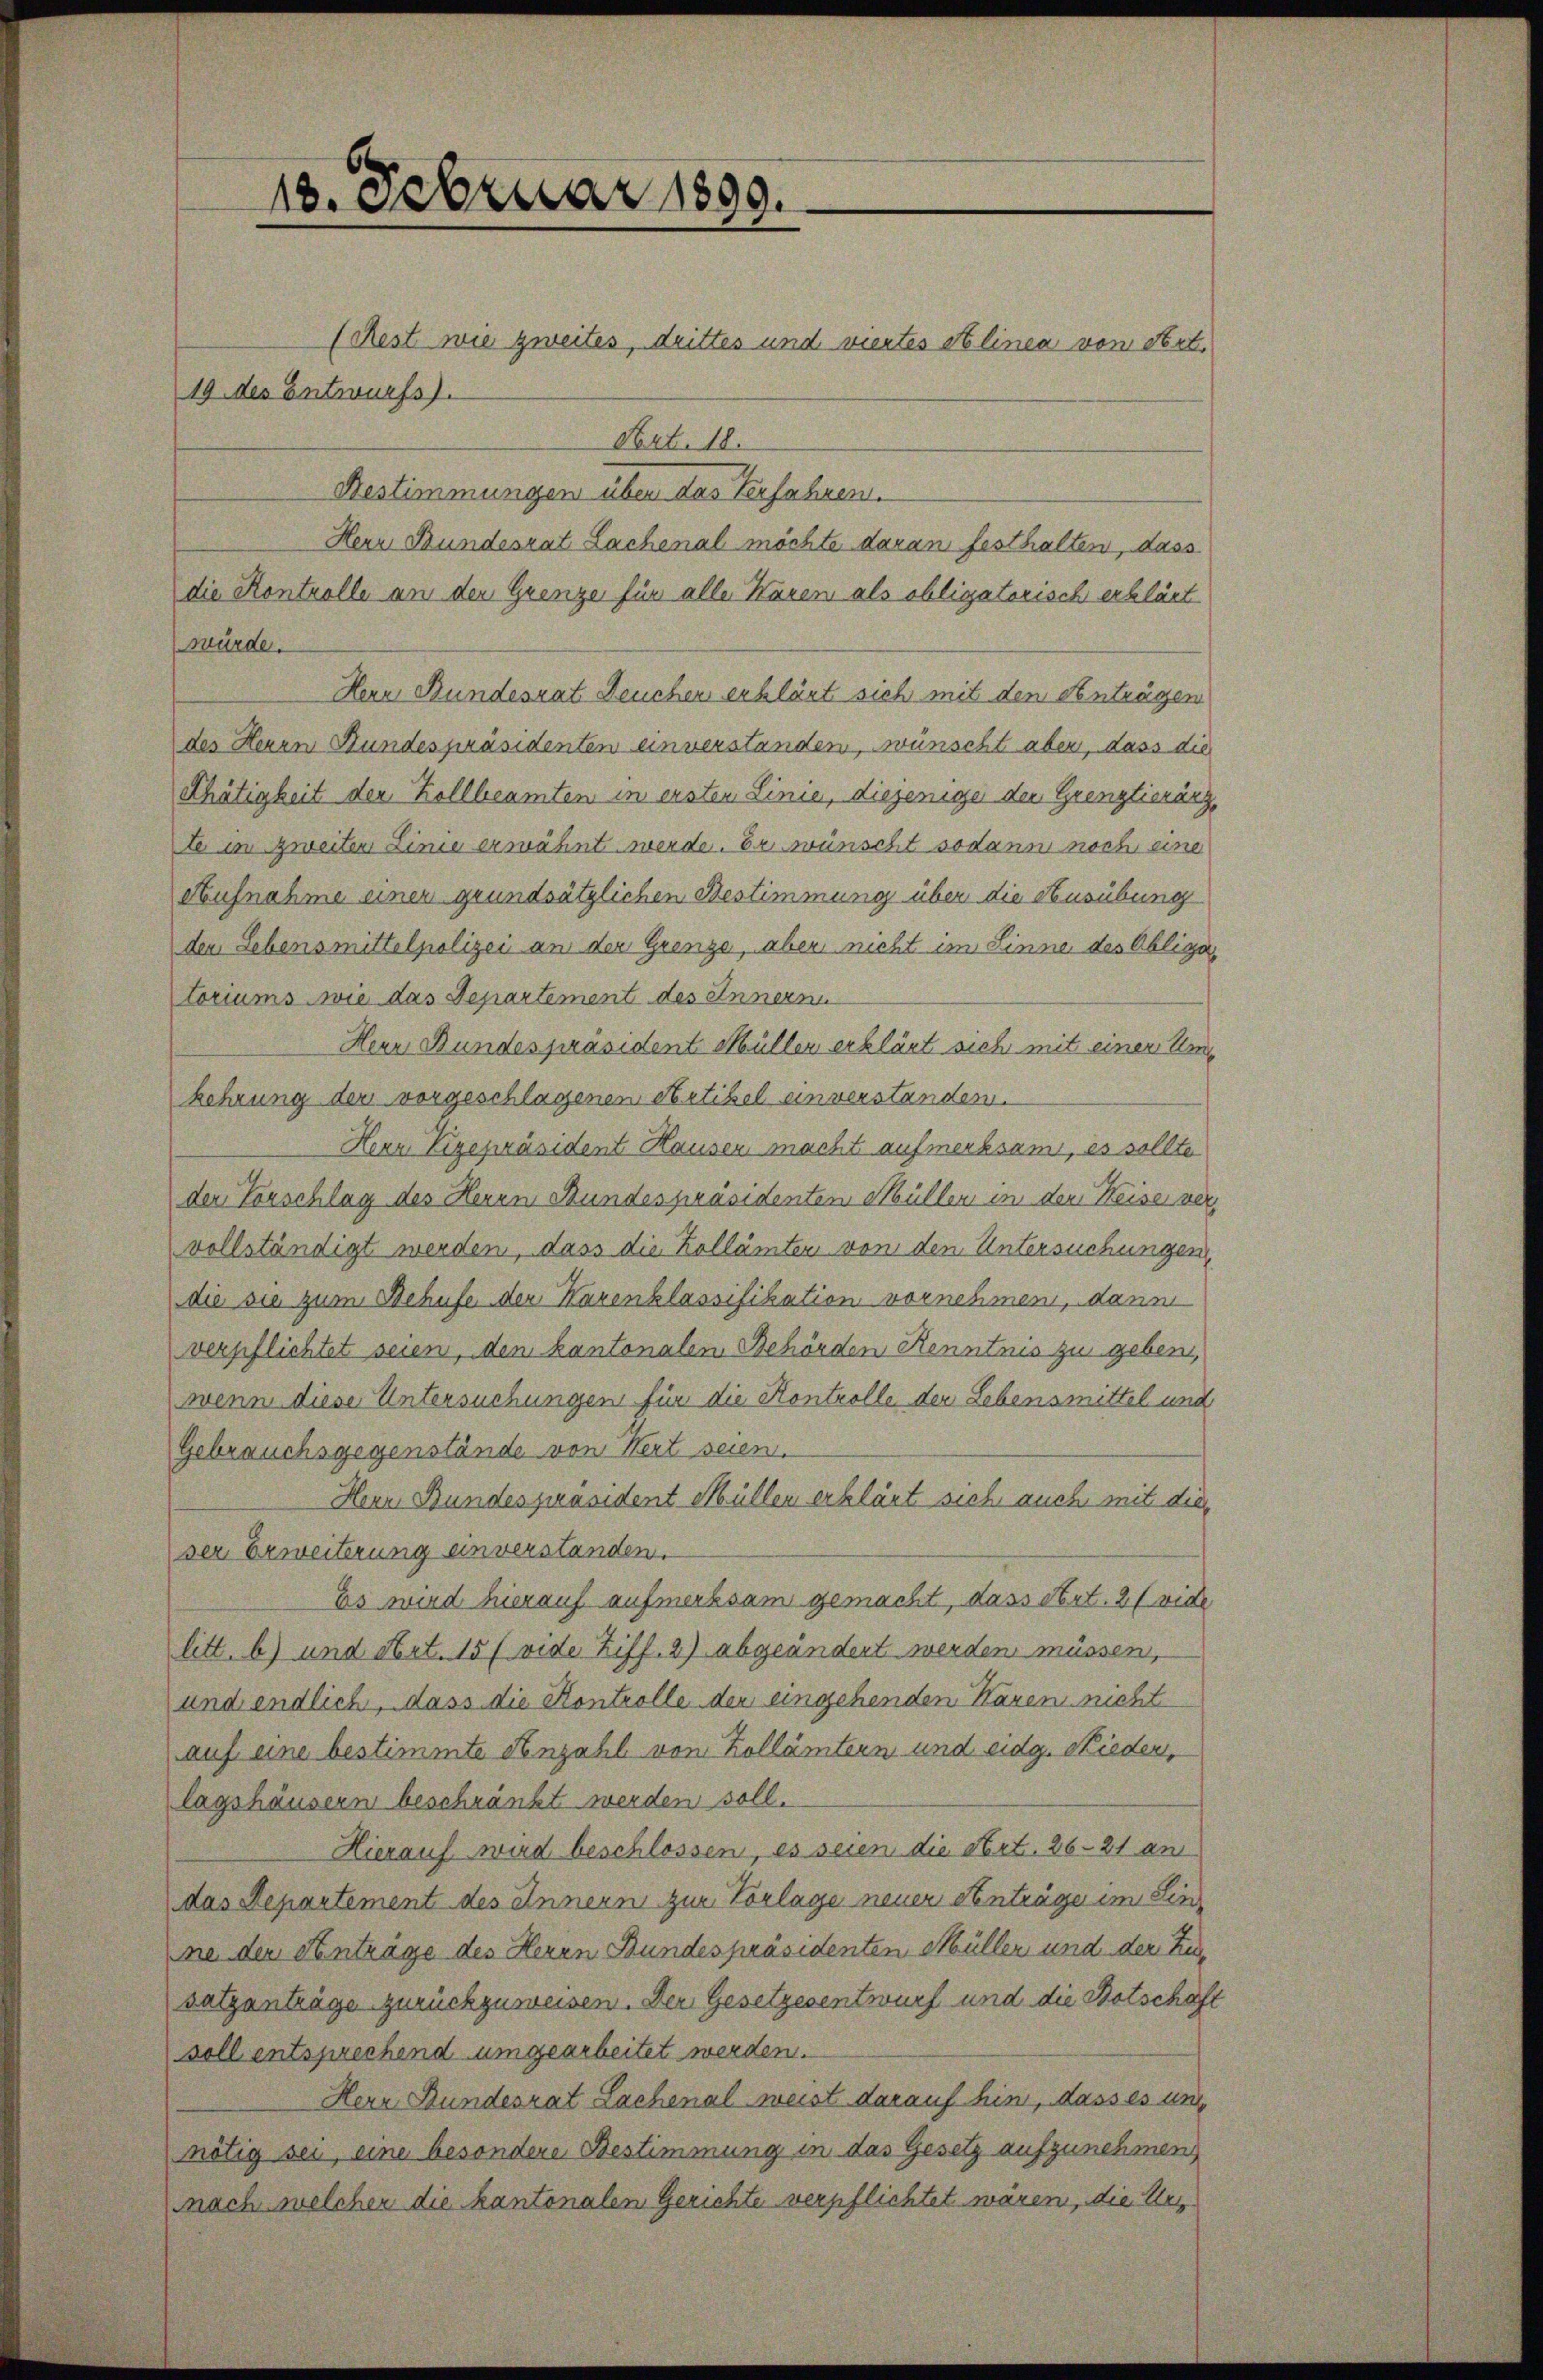
18. Februar 1890.

(Rest wie zweites, drittes und viertes Alinea von Art.
19 des Entwurfs).
Art. 18.
Bestimmungen über das Verfahren.
Herr Bundesrat Lachenal möchte daran festhalten, dass
die Kontrolle an den Grenze für alle Haren als obligatorisch erklärt
würde.
Hern Bundesrat Deuchen erklärt sich mit den Anträgen
des Herrn Bundespräsidenten unverstanden, wünscht aber, dass die
ethätigkeit der Kollbeamten in ersten Linie, diejeniger der Grenztierärz,
te in zweiten Linie erwähnt werde. Er wünscht sodann noch eine
Aufnahme einen grundsätzlichen Bestimmung über die Ausübung
der Lebensmittelpolizei an der Grenze, aber nicht im Sinne des Obliga
toriums wie das Departement des Innern
Herr Bundespräsident Müller erklärt sich mit einer Umkehrung der vorgeschlagenen Artikel unverstanden.
Herr Vigepräsident Hausen macht aufmerksam, es sollte
der Vorschlag des Herrn Bundespräsidenten Müller in den Weiser vervollständigt werden, dass die Zollämten von den Untersuchungen,
die sie zum Behufe der Kurenklassifikation vornehmen, dann
verpflichtet seien, den kantonalen Behörden Kenntnis zu geben,
wenn diese Untersuchungen für die Kontrolle der Lebensmittel und
Gebrauchsgegenstände von Wert seien.
Hern Bundespräsident Müllen erklärt sich auch mit dies
ser Erweiterung unverstanden.
Es wird hierauf aufmerksam gemacht, dass Art. 2 (vide
litt. b) und Art. 15 (vide Ziff. 2) abgeändert werden müssen,
und endlich, dass die Kontrolle der eingehenden Haren nicht
auf eine bestimmte Anzahl von Zollämtern und eidg. Nieder,
lagshäusern beschränkt werden soll.
Hierauf wird beschlossen, es seien die stirt. 26. 21 an
das Departement des Innern zur Vorlage neuer Anträge im Sinne der Anträge des Herrn Bundespräsidenten Müller und der Zusatzanträge zurückzuweisen. Der Gesetzesentwurf und die Botschaft
soll entsprechend umgearbeitet werden.
Herr Bundesrat Lachenalweist darauf hin, dass es und
nötig sei, eine besondere Bestimmung in das Gesetz aufzunehmen
nach welcher die kantonalen Gerichte verpflichtet wären, die Urz¬